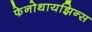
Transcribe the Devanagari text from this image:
फेनोथायझिन्स